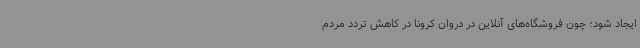
ایجاد شود؛ چون فروشگاه‌های آنلاین در دروان کرونا در کاهش تردد مردم